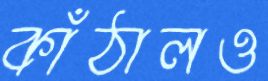
কাঁঠালও